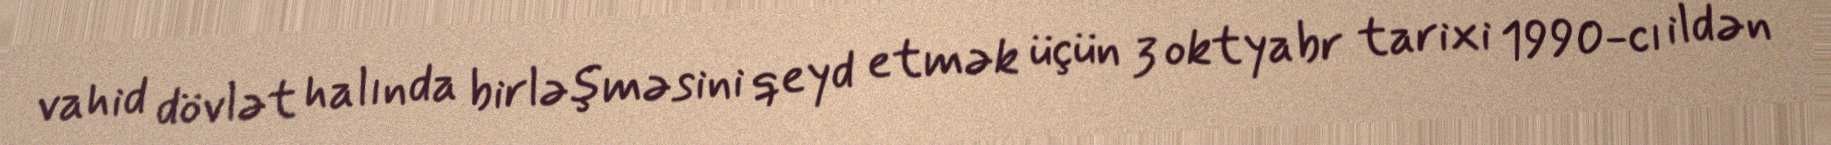
vahid dövlət halında birləşməsini qeyd etmək üçün 3 oktyabr tarixi 1990-cı ildən